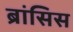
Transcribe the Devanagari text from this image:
ब्रांसिस